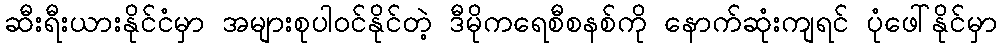
ဆီးရီးယားနိုင်ငံမှာ အများစုပါဝင်နိုင်တဲ့ ဒီမိုကရေစီစနစ်ကို နောက်ဆုံးကျရင် ပုံဖေါ်နိုင်မှာ